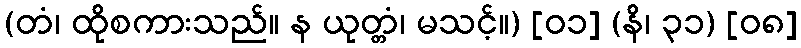
(တံ၊ ထိုစကားသည်။ န ယုတ္တံ၊ မသင့်။) [၀၁] (နိ၊ ၃၁) [၀၈]